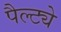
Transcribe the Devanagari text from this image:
पैल्ट्ये